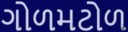
ગોળમટોળ